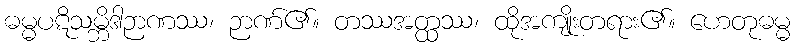
ဓမ္မပဋိသမ္ဘိဒါဉာဏဿ၊ ဉာဏ်၏။ တဿအတ္ထဿ၊ ထိုအကျိုးတရား၏။ ဟေတုဓမ္မ